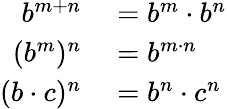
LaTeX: \begin{array}{rl}{b^{m+n}}&{{}=b^{m}\cdot b^{n}}\\ {(b^{m})^{n}}&{{}=b^{m\cdot n}}\\ {(b\cdot c)^{n}}&{{}=b^{n}\cdot c^{n}}\end{array}